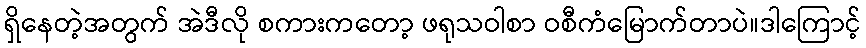
ရှိနေတဲ့အတွက် အဲဒီလို စကားကတော့ ဖရုသဝါစာ ဝစီကံမြောက်တာပဲ။ဒါကြောင့်